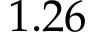
1 . 2 6